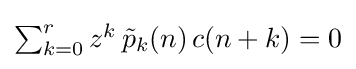
{\textstyle \sum _{k=0}^{r}z^{k}\,{\tilde {p}}_{k}(n)\,c(n+k)=0}